Leaving Certificate Examination, 1918
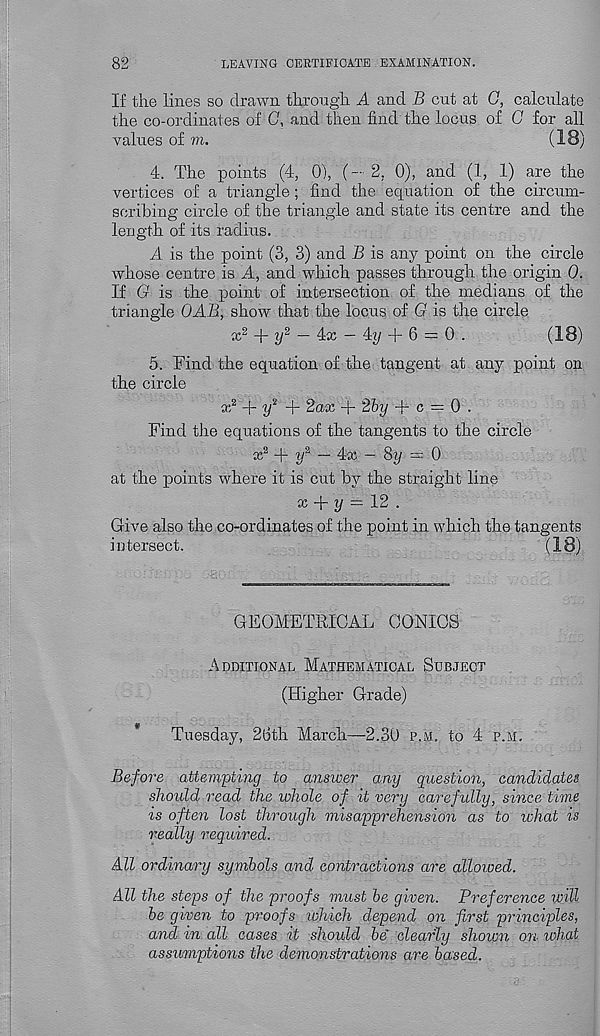
82
LEAVING CERTIFICATE EXAMINATION.
If the liu.es so drawn through A and B cut at G, calculate
the co-ordinates of 0, and then find the locus of C for all
values of m.
(18)
4. The points (4, O'), (- 2. 0), and (1, 1) are the
vertices of a triangle; find the equation of the circum-
scribing circle of the triangle and state its centre and the
length of its radius.
A is the point (3, 3) and B is any point on the circle
whose centre is A, and which passes through the origin 0.
If G is the point of intersection of the medians of the
triangle OAB, show that the locus of G is the circle
+ y 2 — 4x — 4y + 6 = 0 .
(18)
5. Find the equation of the tangent at any point on
the circle
a;2 + y 2 +
+ 2by -|-c = 0.
Find the equations of the tangents to the circle
^
~ 4x — Sy = 0
at the points where it is cut by the straight line
x + y = 12 .
Give also the co-ordinates of the point in which the tangents
intersect.
(18)
GEOMETRICAL CONICS
Additional Mathematical Subject
(Higher Grade)
Tuesday, 26th March—2.30 p.m. to 4 p.m.
Before attempting to answer any question, candidates
should read the whole of it very carefully, since time
is often lost through misapprehension as to what is
really required.
All ordinary symbols and contractions are allowed.
All the steps of the proofs must be given. Preference will
be given to proofs which depend on first principles,
and in all cases it should be' clearly shown on what
assumptions the demonstrations are based.